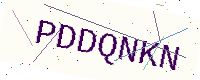
Text: PDDQNKN